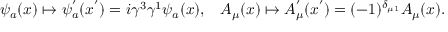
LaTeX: \psi _ { a } ( x ) \mapsto \psi _ { a } ^ { ' } ( x ^ { ' } ) = i \gamma ^ { 3 } \gamma ^ { 1 } \psi _ { a } ( x ) , \; \; \; A _ { \mu } ( x ) \mapsto A _ { \mu } ^ { ' } ( x ^ { ' } ) = ( - 1 ) ^ { \delta _ { \mu 1 } } A _ { \mu } ( x ) .